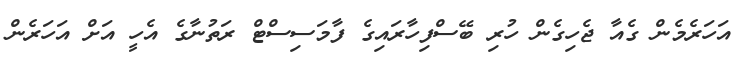
އަހަރެމެން ގެއާ ޖެހިގެން ހުރި ބޭސްފިހާރައިގެ ފާމަސިސްޓް ރަތުނާގެ އެހީ އަށް އަހަރެން